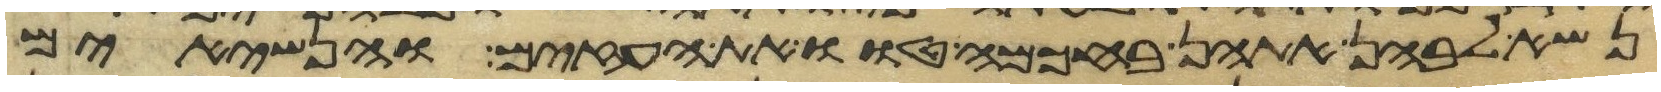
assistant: נשא לבהן אתהן בחכמה טוו את העזים והנשיאים